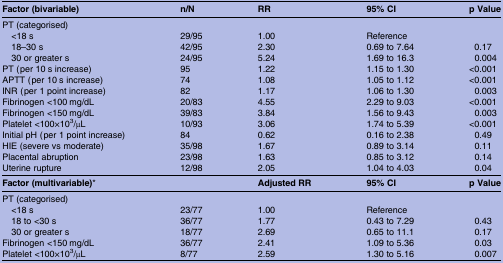
<table><thead><tr><td><b>Factor (bivariable)</b></td><td><b>n/N</b></td><td><b>RR</b></td><td><b>95% CI</b></td><td><b>p Value</b></td></tr></thead><tbody><tr><td colspan="5">PT (categorised)</td></tr><tr><td> &lt;18 s</td><td>29/95</td><td>1.00</td><td>Reference</td><td></td></tr><tr><td> 18–30 s</td><td>42/95</td><td>2.30</td><td>0.69 to 7.64</td><td>0.17</td></tr><tr><td> 30 or greater s</td><td>24/95</td><td>5.24</td><td>1.69 to 16.3</td><td>0.004</td></tr><tr><td>PT (per 10 s increase)</td><td>95</td><td>1.22</td><td>1.15 to 1.30</td><td>&lt;0.001</td></tr><tr><td>APTT (per 10 s increase)</td><td>74</td><td>1.08</td><td>1.05 to 1.12</td><td>&lt;0.001</td></tr><tr><td>INR (per 1 point increase)</td><td>82</td><td>1.17</td><td>1.06 to 1.30</td><td>0.003</td></tr><tr><td>Fibrinogen &lt;100 mg/dL</td><td>20/83</td><td>4.55</td><td>2.29 to 9.03</td><td>&lt;0.001</td></tr><tr><td>Fibrinogen &lt;150 mg/dL</td><td>39/83</td><td>3.84</td><td>1.56 to 9.43</td><td>0.003</td></tr><tr><td>Platelet &lt;100×10<sup>3</sup>/μL</td><td>10/93</td><td>3.06</td><td>1.74 to 5.39</td><td>&lt;0.001</td></tr><tr><td>Initial pH (per 1 point increase)</td><td>84</td><td>0.62</td><td>0.16 to 2.38</td><td>0.49</td></tr><tr><td>HIE (severe vs moderate)</td><td>35/98</td><td>1.67</td><td>0.89 to 3.14</td><td>0.11</td></tr><tr><td>Placental abruption</td><td>23/98</td><td>1.63</td><td>0.85 to 3.12</td><td>0.14</td></tr><tr><td>Uterine rupture</td><td>12/98</td><td>2.05</td><td>1.04 to 4.03</td><td>0.04</td></tr><tr><td colspan="2"><b>Factor (multivariable)</b>*</td><td><b>Adjusted RR</b></td><td><b>95% CI</b></td><td><b>p Value</b></td></tr><tr><td colspan="5">PT (categorised)</td></tr><tr><td> &lt;18 s</td><td>23/77</td><td>1.00</td><td>Reference</td><td></td></tr><tr><td> 18 to &lt;30 s</td><td>36/77</td><td>1.77</td><td>0.43 to 7.29</td><td>0.43</td></tr><tr><td> 30 or greater s</td><td>18/77</td><td>2.69</td><td>0.65 to 11.1</td><td>0.17</td></tr><tr><td>Fibrinogen &lt;150 mg/dL</td><td>36/77</td><td>2.41</td><td>1.09 to 5.36</td><td>0.03</td></tr><tr><td>Platelet &lt;100×10<sup>3</sup>/μL</td><td>8/77</td><td>2.59</td><td>1.30 to 5.16</td><td>0.007</td></tr></tbody></table>